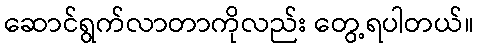
ဆောင်ရွက်လာတာကိုလည်း တွေ့ရပါတယ်။